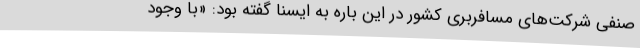
صنفی شرکت‌های مسافربری کشور در این باره به ایسنا گفته بود: «با وجود